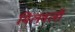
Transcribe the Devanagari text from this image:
मिलवली